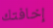
إخافتك